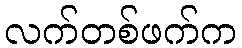
လက်တစ်ဖက်က